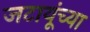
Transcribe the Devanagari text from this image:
जटायूंच्या